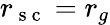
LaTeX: r_{\mathrm{~s~c~}}=r_{g}